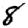
Digit: 8